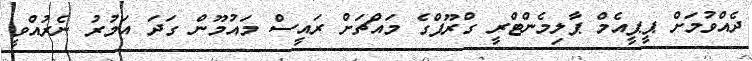
ދެއްވުމަށް ޕީޕީއެމް ޕާލިމެންޓްރީ ގްރޫޕްގެ މައްޗަށް ރައީސް މައުމޫން ގަދަ އަމުރު ނެރުއްވީ